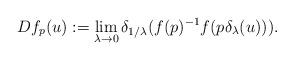
LaTeX: \begin{align*} Df_p(u) := \lim_{\lambda \to 0} \delta_{1/\lambda}( f(p)^{-1} f(p\delta_\lambda(u))).\end{align*}